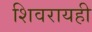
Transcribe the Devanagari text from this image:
शिवरायही